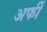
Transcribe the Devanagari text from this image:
अर्फी